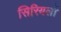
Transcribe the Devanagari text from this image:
सिरियलों